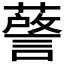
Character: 𮒘